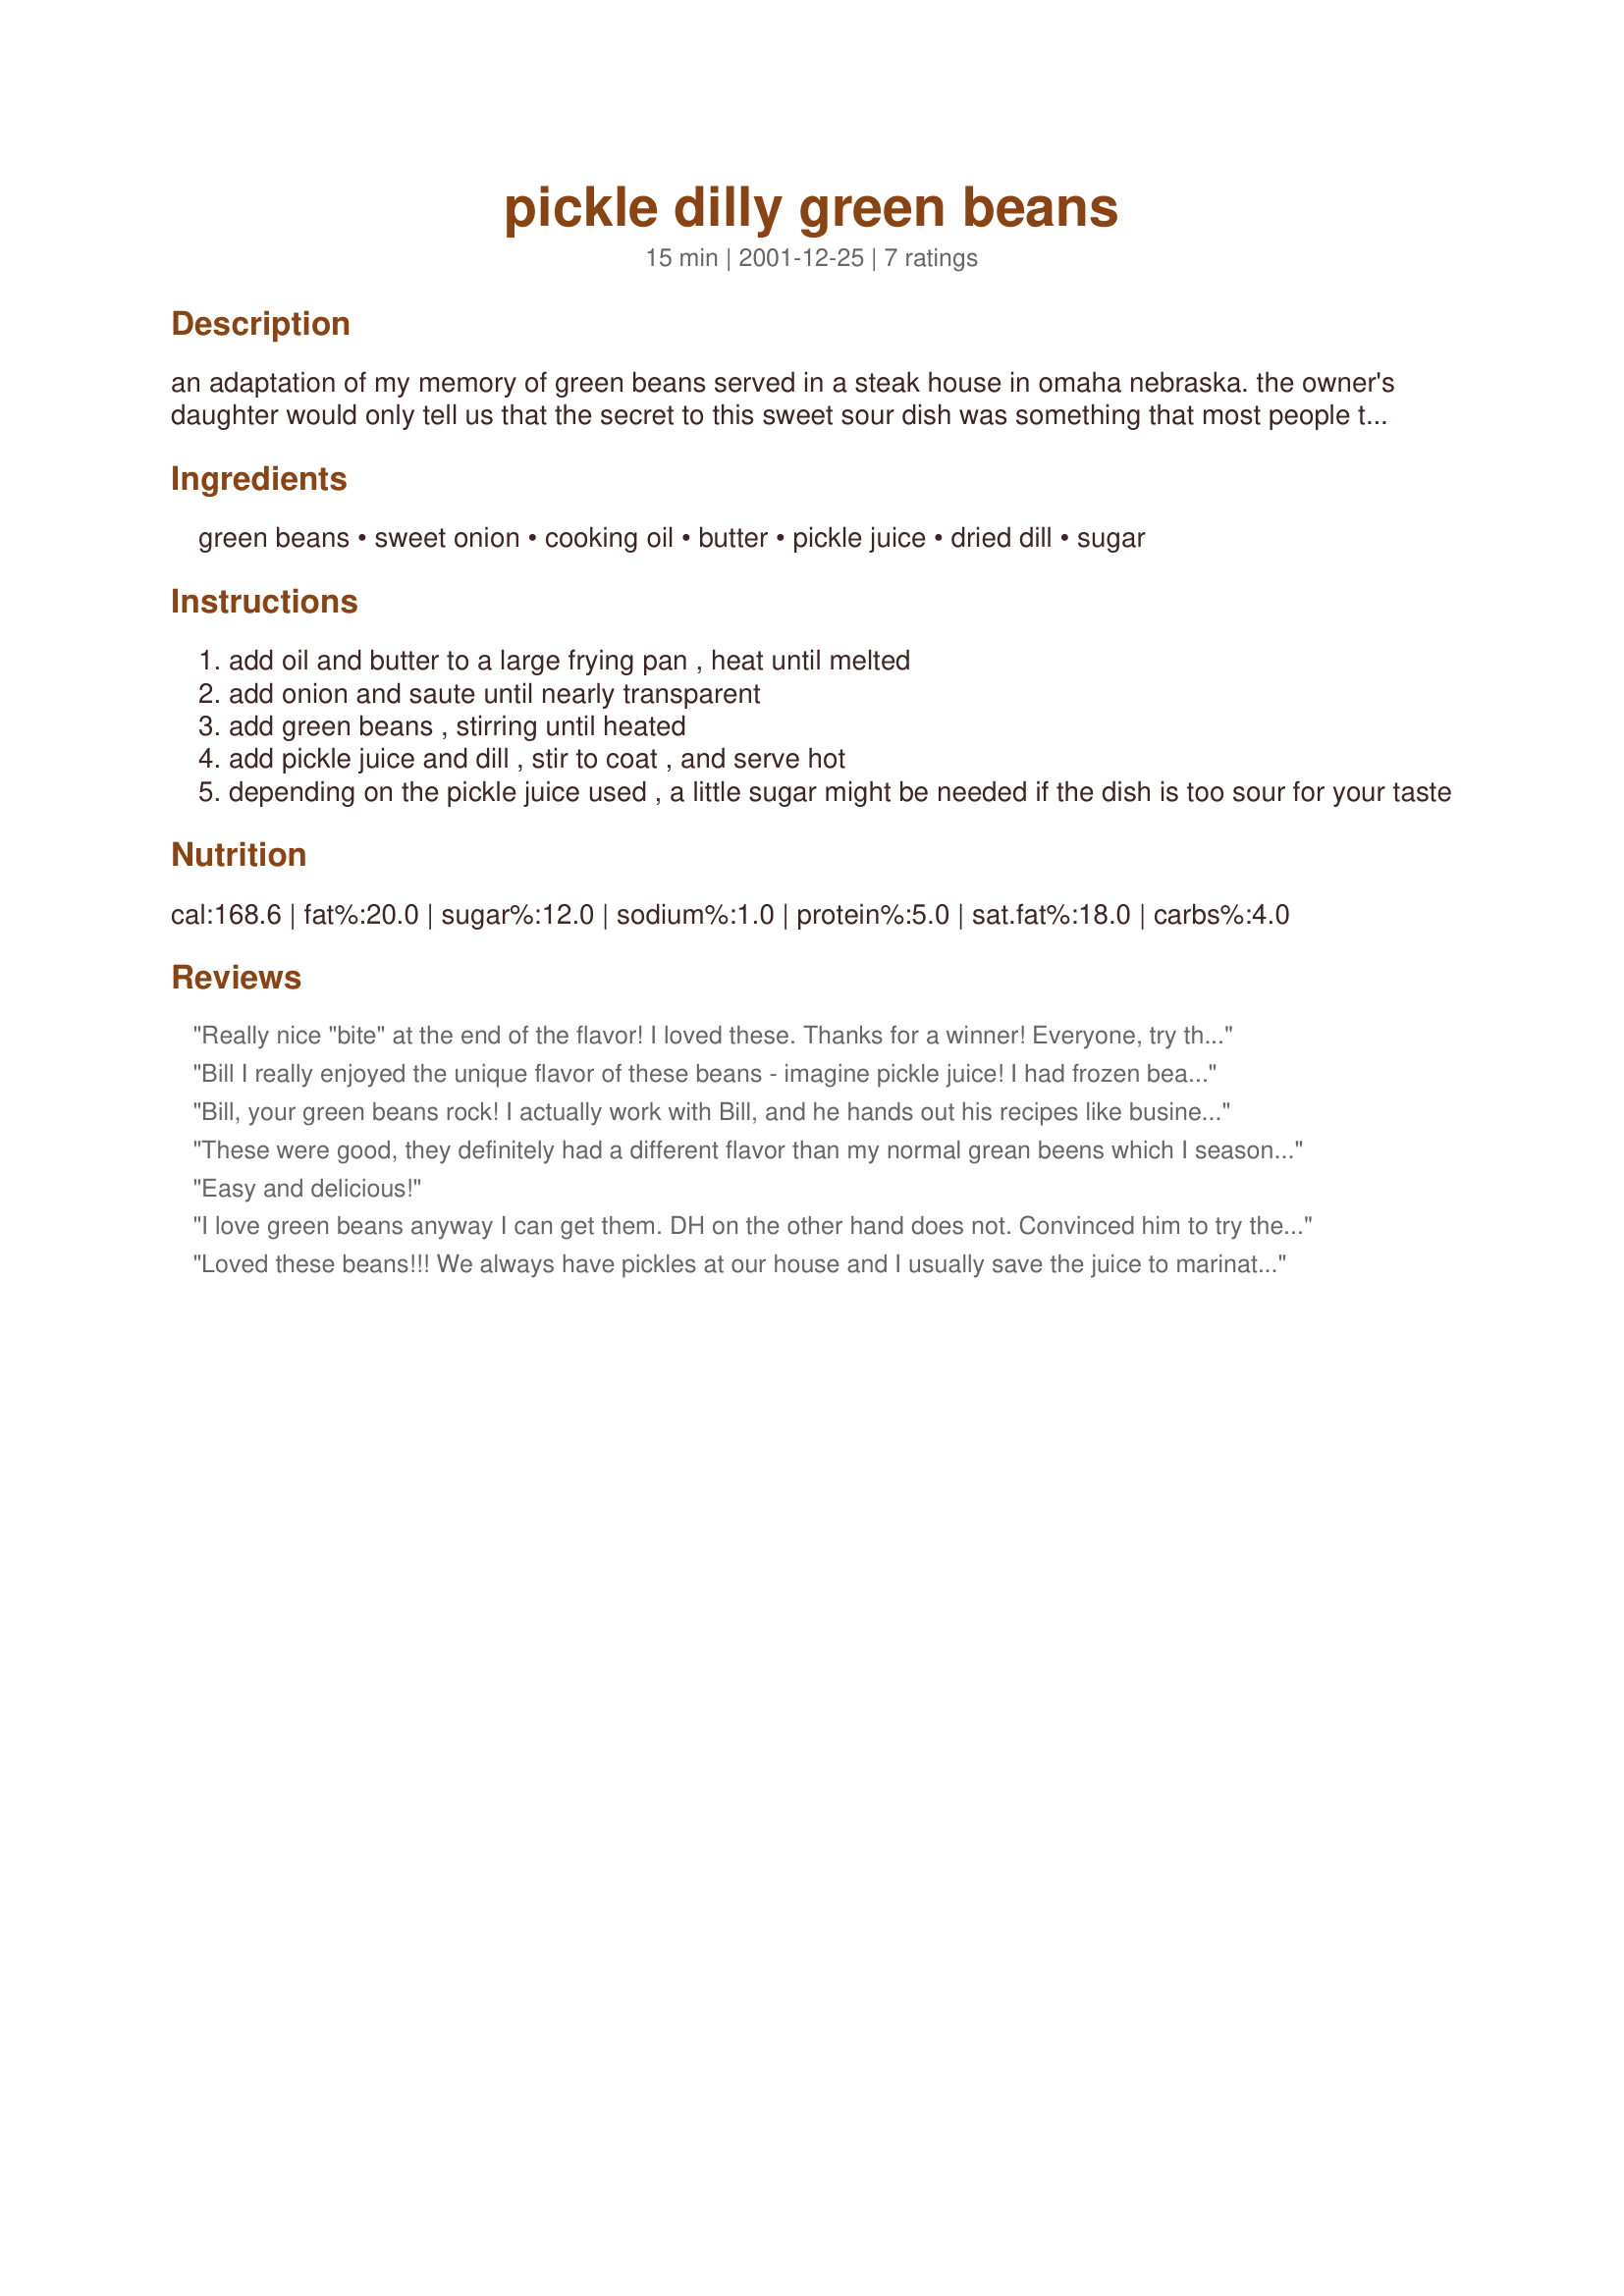
pickle dilly green beans
Preparation time: 15 minutes

an adaptation of my memory of green beans served in a steak house in omaha nebraska. the owner's daughter would only tell us that the secret to this sweet sour dish was something that most people throw away. pictured here with no-nonsense chuck eye steak #238451

Ingredients:
green beans, sweet onion, cooking oil, butter, pickle juice, dried dill, sugar

Steps:
add oil and butter to a large frying pan , heat until melted
add onion and saute until nearly transparent
add green beans , stirring until heated
add pickle juice and dill , stir to coat , and serve hot
depending on the pickle juice used , a little sugar might be needed if the dish is too sour for your taste

Reviews:
Really nice "bite" at the end of the flavor! I loved these. Thanks for a winner! Everyone, try these!
Bill I really enjoyed the unique flavor of these beans - imagine pickle juice! I had frozen beans so I steamed them and then followed your recipe omitting the sugar as I used sweet pickle jiice. Next time I will use canned beans because it is so simple Thanks Bill it's a keeper
Bill, your green beans rock! I actually work with Bill, and he hands out his recipes like business cards! I was a little reluctant...pickle juice?
I actually made this when I was at my sister's over the holidays for Christmas Eve dinner. Everyone thoroughly enjoyed this dish...as there were no left-overs!!! I used dill pickle juice so I added a pinch of sugar to balance the sourness.
No-one could guess the secret ingredient until I finally disclosed it and then it was like everyone had a collective "ahaaa" moment! Thanks again Bill! I'll make these often!
These were good, they definitely had a different flavor than my normal grean beens which I season with onions, bacon and a little garlic. My husband and I both like them, but my husband couldn't guess the secret ingredient, I finally had to tell him. I love the flavor of bacon in my green beans and I'm wondering what these green beans would taste like with bacon? I might just have to experiment! Thanks for sharing!
Easy and delicious!
I love green beans anyway I can get them. DH on the other hand does not. Convinced him to try these and he actually liked them! Enough to go back for seconds. The recipe doesn't say to or not but as I was cooking it only made sense to include the liquid from the can of beans. It worked well. I also added the optional sugar. Flavor was different but excellent! Had this with Brother William's Solo Baked Chicken Breast (doubled) which we enjoyed also.
Loved these beans!!! We always have pickles at our house and I usually save the juice to marinate chicken breasts to grill... I had to try these beans since my BF is a pickle lover and has been known to sneak sips out of the jar! After bringing all the ingredients to a boil, I let them simmer gently while the rest of the dinner was cooking. The aroma was delicious and the end result was the same. You could not taste the pickle juice but just a nice tanginess... Thanks for sharing!!!
